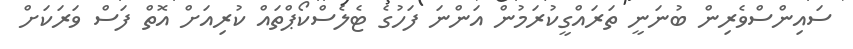
ސައިންސްވެރިން ބުނަނީ ތަރައްގީކުރަމުން އަންނަ ފަހުގެ ޓެލެސްކޯޕްތައް ކުރިއަށް އޮތް ފަސް ވަރަކަށް